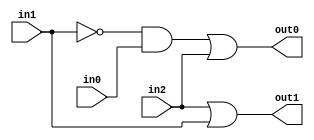
`timescale 1ns / 1ps
//////////////////////////////////////////////////////////////////////////////////
// Company: 
// Engineer: 
// 
// Design Name: 
// Module Name:    DataFlow_PE 
// Project Name: 
// Target Devices: 
// Tool versions: 
// Description: 
//
// Dependencies: 
//
// Revision: 
// Revision 0.01 - File Created
// Additional Comments: 
//
//////////////////////////////////////////////////////////////////////////////////
module DataFlow_PE (out1, out0, in2, in1, in0);

	output wire out1, out0;
	input wire in2, in1, in0;
	
	assign out1 = (in2 | in1);
	assign out0 = (((~in1) & in0) | in2);

endmodule